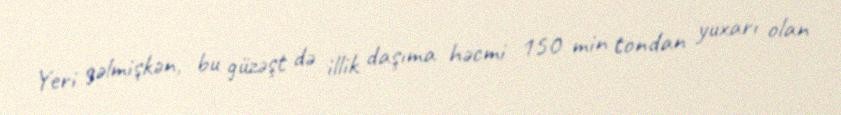
Yeri gəlmişkən, bu güzəşt də illik daşıma həcmi 150 min tondan yuxarı olan